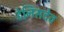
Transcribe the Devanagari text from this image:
टेनिसदेव